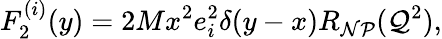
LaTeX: F_{2}^{(i)}(y)=2Mx^{2}e_{i}^{2}\delta(y-x)R_{\mathcal{N}\mathcal{P}}(\mathcal{Q}^{2}),